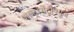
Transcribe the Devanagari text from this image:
अल्ट्रासेंट्रीफ्यूज